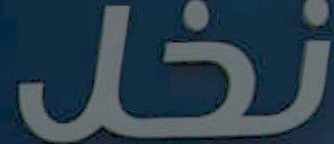
نخل